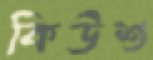
কিউশু